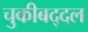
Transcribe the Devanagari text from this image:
चुकीबद्दल